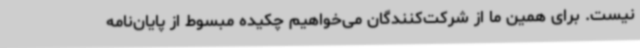
نیست. برای همین ما از شرکت‌کنندگان می‌خواهیم چکیده مبسوط از پایان‌نامه